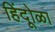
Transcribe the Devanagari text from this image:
हिंदूोळा